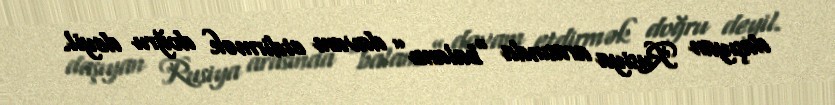
daşıyan Rusiya arasında “balansı” davam etdirmək doğru deyil.